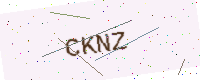
Text: CKNZ